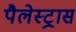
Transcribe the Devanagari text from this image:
पैलेस्ट्रास